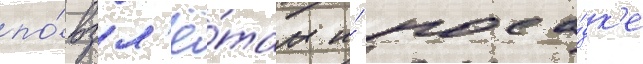
по́ взл'ё́там и́ поса́дк'е